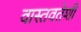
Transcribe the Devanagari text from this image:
वास्तवतेशी